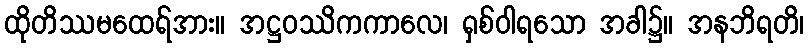
ထိုတိဿမထေရ်အား။ အဋ္ဌဝဿိကကာလေ၊ ရှစ်ဝါရသော အခါ၌။ အနဘိရတိ၊